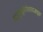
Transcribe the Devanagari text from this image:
हाइड्रोक्लोरोथायज़ाइड